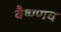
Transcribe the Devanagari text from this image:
वैष्ण्णव